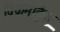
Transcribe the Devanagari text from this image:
विक्रमार्कुदु